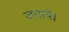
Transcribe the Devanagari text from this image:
जगाये।